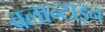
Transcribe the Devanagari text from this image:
बलान्टाइन